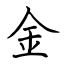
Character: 金